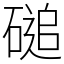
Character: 磓